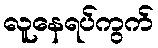
လူနေရပ်ကွက်